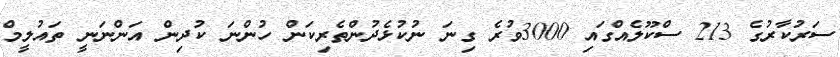
ސަރުކާރުގެ 213 ސްކޫލެއްގައި 3000ވުރެ ގިނަ ނުކުޅެދުންތެރިކަން ހުންނަ ކުދިން އަންނަނީ ތައުލީމް